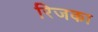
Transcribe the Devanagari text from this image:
रिजका